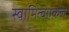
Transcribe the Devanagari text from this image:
स्वामित्वएकल